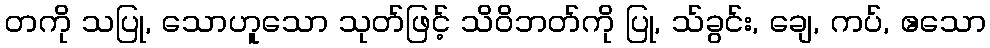
တကို သပြု, သောဟူသော သုတ်ဖြင့် သိဝိဘတ်ကို ပြု, သ်ခွင်း, ချေ, ကပ်, ဧသော